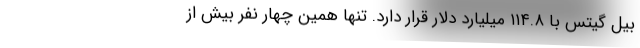
بیل گیتس با ۱۱۴.۸ میلیارد دلار قرار دارد. تنها همین چهار نفر بیش از